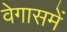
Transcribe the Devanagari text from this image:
वेगासमें